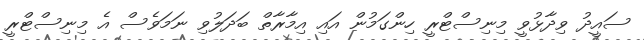
ސައީދު ވިދާޅުވީ މިނިސްޓްރީ ހިންގަމުން އައި އިމާރާތް ބަދަލުވި ނަމަވެސް އެ މިނިސްޓްރީ